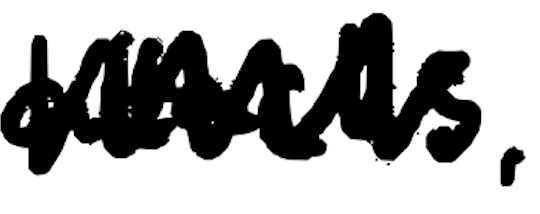
Text: attacks,
Cross-out: zig-zag
Writing tool: digital_black